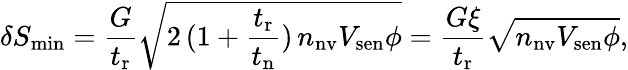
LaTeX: \delta S_{\mathrm{min}}=\frac{G}{t_{\mathrm{r}}}\sqrt{2\, (1+\frac{t_{\mathrm{r}}}{t_{\mathrm{n}}})\, n_{\mathrm{nv}}V_{\mathrm{sen}}\phi}=\frac{G\xi}{t_{\mathrm{r}}}\sqrt{n_{\mathrm{nv}}V_{\mathrm{sen}}\phi},